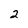
Character: 2